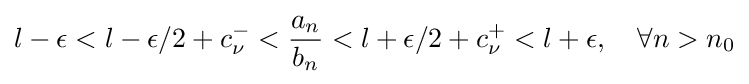
l-\epsilon <l-\epsilon /2+c_{\nu }^{-}<{\frac {a_{n}}{b_{n}}}<l+\epsilon /2+c_{\nu }^{+}<l+\epsilon ,\quad \forall n>n_{0}